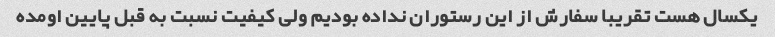
یکسال هست تقریبا سفارش از این رستوران نداده بودیم ولی کیفیت نسبت به قبل پایین اومده